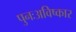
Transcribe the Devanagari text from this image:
पुनःअविष्कार